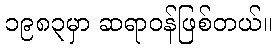
၁၉၈၃မှာ ဆရာဝန်ဖြစ်တယ်။